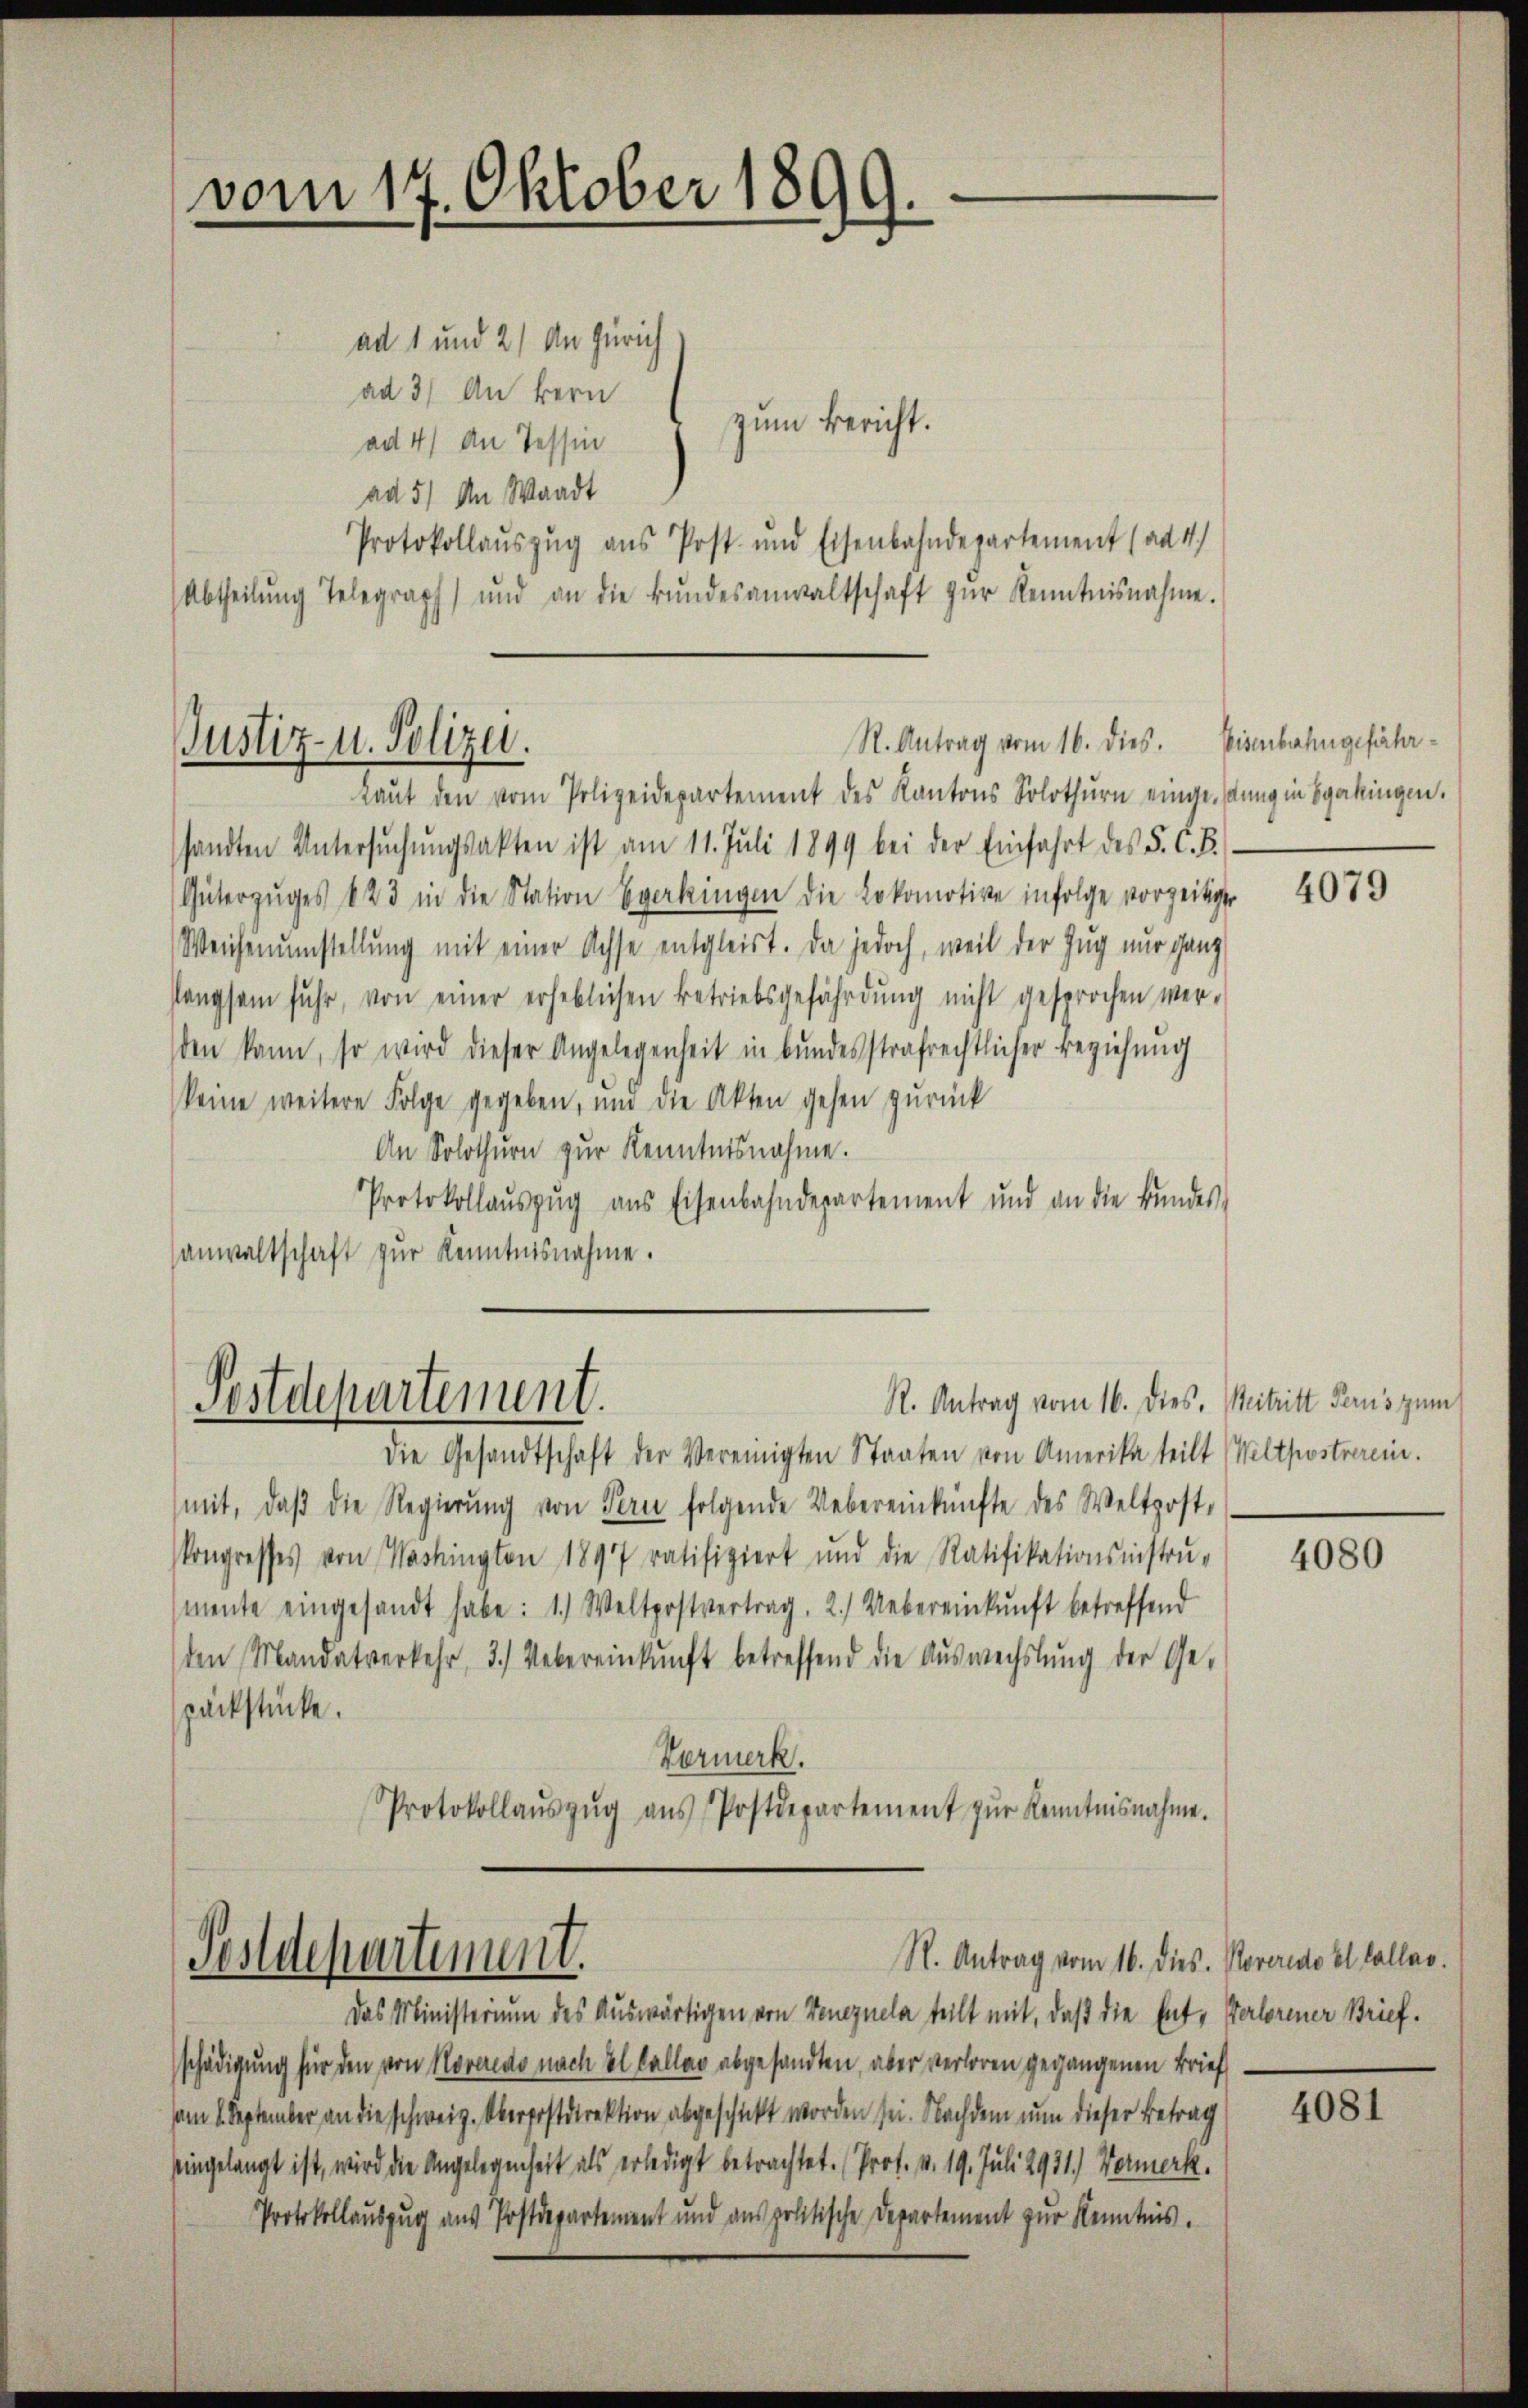
ad 1 und 2) An Zürich
ad 3) An kein
zum Bericht.
ad 4) An Tessin
ad 5) An Waadt
Protokollauszug aus Post- und Eisenbahndepartement (ad 4.)
Abtheilŭng Telegraph und an die Bŭndesanwaltschaft zŭr Kenntnisnahme.
Laŭt den vom Polizeidepartement des Kantons Solothurn eingesung in gakingen.
sandten Untersŭchŭngsakten ist am 11. Juli 1899 bei der Einfahrt des S. C. B.
Güterzŭges 423 in die Station Egerkingen die Lokomotive infolge vorzeitige
Weichenumstellung mit einer Achse entgleist. Da jedoch, weil der Zug nur ganz
langsam fuhr, von einer erheblichen Betriebsgefährdung nicht gesprochen wer-
den kann, so wird dieser Angelegenheit in bundesstrafrechtlicher Beziehung
keine weitere Folge gegeben, und die Akten gehen zurück
An Solothurn zur Kenntnisnahme.
Protokollaŭszŭg ans Eisenbahndepartement und an die Bŭndes-
sanwaltschaft zur Kenntnisnahme.

vom 17. Oktober 1899.

Justiz- u. Polizei.

die Gesandtschaft der Vereinigten Staaten von Amerika teilt (Weltpostverein.
mit, daβ die Regierŭng von Fern folgende Uebereinkünfte des Weltpost-
Kongresses von Washington 1897 ratifiziert und die Ratifikationsinstrŭ-
(mente eingesandt habe: 1.) Weltpostvertrag, 2.) Uebereinkunft betreffend
den Mandatverkehr, 3.) Uebereinkunft betreffend die Aŭswechslung der Ge-
packstücke.
Vormerk.
Protokollaŭszŭg aŭs Postdepartement zŭr Kenntnisnahme.

R. Antrag vom 16. dies.

R. Antrag vom 16. Dies. Beitritt Perus zum
Postdepartement.

Postdepartement.

S. Antrag vom 16. dies. Noveredo et falles.

Das Ministerium des Auswärtigen von Veneznela teilt mit, daß die Ent- Verlorener Brief.
schädigung für den von Noveredo nach el Caller abgesandten, aber verloren gegangenen Brief.
om 1. September an die schweiz. Oberpostdirektion abgeschickt worden sei. Nachdem nun dieser Betrag
Eingelangt ist, wird die Angelegenheit als erledigt betrachtet. (Prof. v. 19. Juli 1911.) Vormerk.
Protokollauszug aus Postdepartement und anspolitische Departement zŭr Kenntnis.

Eisenbahngefähr¬

4079

4080

4081